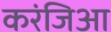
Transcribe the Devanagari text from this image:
करंजिआ